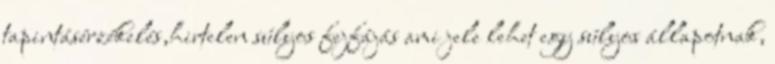
tapintásérzékelés,hirtelen súlyos fejfájás ami jele lehet egy súlyos állapotnak,